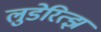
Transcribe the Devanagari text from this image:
लुडेरित्झ